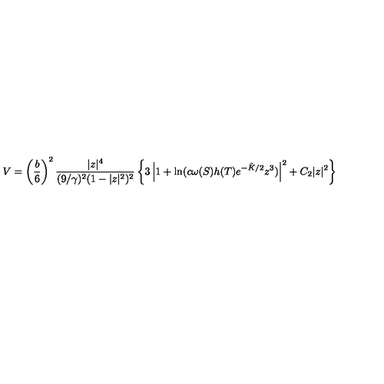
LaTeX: V = \left( \frac { b } { 6 } \right) ^ { 2 } \frac { | z | ^ { 4 } } { ( 9 / \gamma ) ^ { 2 } ( 1 - | z | ^ { 2 } ) ^ { 2 } } \left\{ 3 \left| 1 + \ln ( c \omega ( S ) h ( T ) e ^ { - \tilde { K } / 2 } z ^ { 3 } ) \right| ^ { 2 } + C _ { 2 } | z | ^ { 2 } \right\}